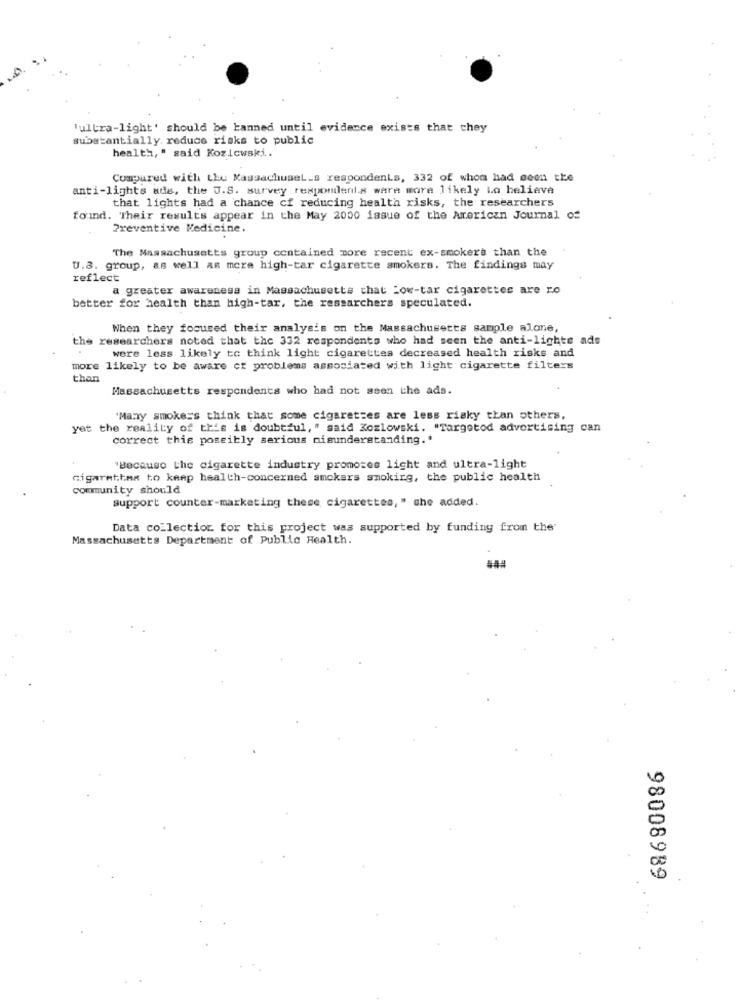
'ultra-light' should be banned until evidence exists that they
substantially. reduce risks to public
health, " said Kozlowski.
Compared with the MassachuseL_s respondents, 332 of whom had seen the
anti-lights ads, the U.S. survey respondents ware more likely Lo believe
that lights had a chance cf reducing health risks, the researchers
found. Their results appear in the May 2000 issue of the American Journal of
Preventive Medicine.
The Massachusetts group contained more recent ex-smokers than the
U.S. group, as well as more high-tar cigarette smokers. The findings may
reflect
a greater awareness in Massachusetts that Low-tar cigarettes are ro
better for health than high-tar, the researchers speculated.
When they focused their analysis on the Massachusetts sample alone,
the researchers noted that the 332 respondents who had seen the anti-lighte ads
were less likely to think light cigarettes decreased health risks and
more likely to be aware of problems associated with light cigarette filters
than
Massachusetts respondents who had not seen the ads.
'Maxy smokers think that some cigaretzes are less risky than others,
yet the reality of this is doubtful, " said Kozlowski. "Targetod advertising can
correct this possibly serious misunderstanding ..
"Because the cigarette industry promotes light and ultra-light
cigarettes to keep health-concerned smokers smoking, the public health
community should
support counter-marketing these cigarettes, " che added.
Data collection for this project was supported by funding from the
Massachusetts Department of Public Health.
#44
98008989